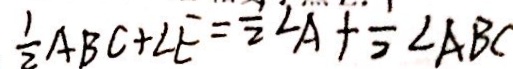
\frac { 1 } { 2 } A B C + \angle E = \frac { 1 } { 2 } \angle A + \frac { 1 } { 2 } \angle A B C